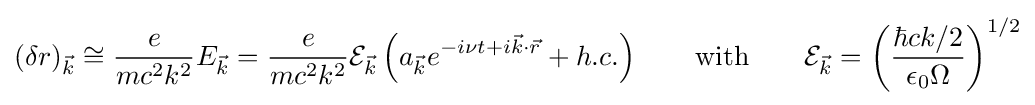
(\delta r)_{\vec {k}}\cong {\frac {e}{mc^{2}k^{2}}}E_{\vec {k}}={\frac {e}{mc^{2}k^{2}}}{\mathcal {E}}_{\vec {k}}\left(a_{\vec {k}}e^{-i\nu t+i{\vec {k}}\cdot {\vec {r}}}+h.c.\right)\qquad {\text{with}}\qquad {\mathcal {E}}_{\vec {k}}=\left({\frac {\hbar ck/2}{\epsilon _{0}\Omega }}\right)^{1/2}